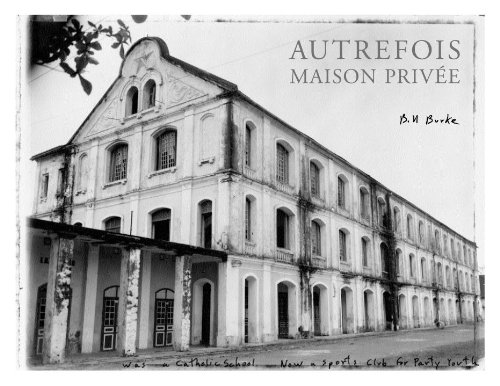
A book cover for Autrefois, Maison Privee; Bill Burke; Travel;